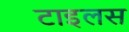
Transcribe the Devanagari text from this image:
टाइलस